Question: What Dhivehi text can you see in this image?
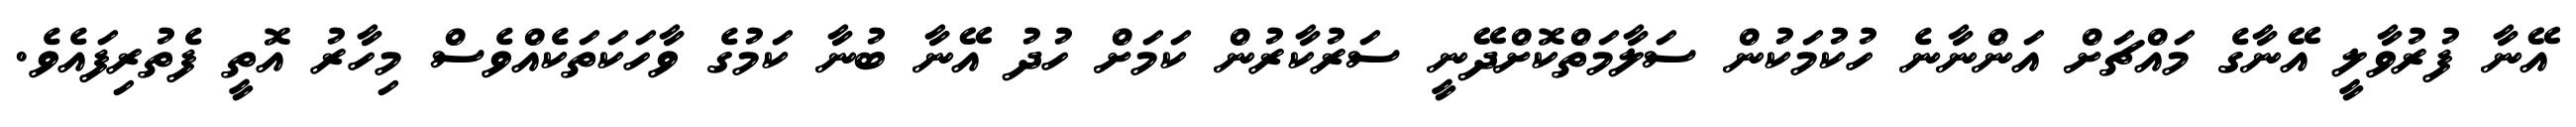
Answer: އޭނާ ފުރުވާލީ އޭނާގެ މައްޗަށް އަންނާނެ ހުކުމަކުން ސަލާމަތްކޮށްދޭނީ ސަރުކާރުން ކަމަށް ހުދު އޭނާ ބުނާ ކަމުގެ ވާހަކަތަކެއްވެސް މިހާރު އޮތީ ފެތުރިފައެވެ.